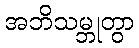
အဘိသမ္ဘုတွာ